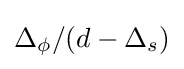
\Delta _{\phi }/(d-\Delta _{s})